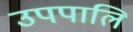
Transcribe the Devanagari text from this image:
उपपालि